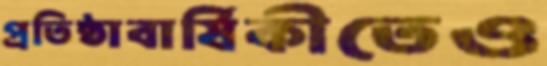
প্রতিষ্ঠাবার্ষিকীতেও